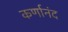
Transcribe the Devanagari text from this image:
कर्णानंद